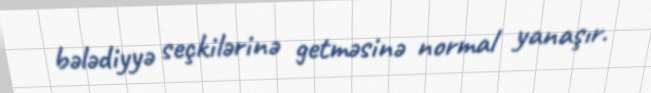
bələdiyyə seçkilərinə getməsinə normal yanaşır.